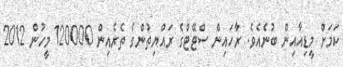
ކަމަށް މީޑިއާއިން ބުނެއެވެ. ރާހައިން ސްޓޭޓްގެ ރައްޔިތުންގެ ތެރެއިން 120000 މީހުން 2012